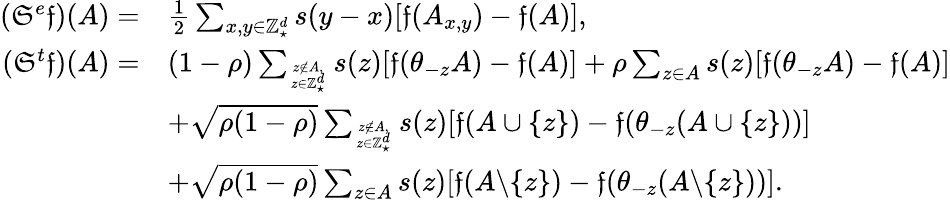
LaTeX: \begin{array}{rl}{({\mathfrak S}^{e}{\mathfrak f})(A)=}&{\frac{1}{2}\sum_{x,y\in\mathbb Z_{\star}^{d}}s(y-x)[{\mathfrak f}(A_{x,y})-{\mathfrak f}(A)],}\\ {({\mathfrak S}^{t}{\mathfrak f})(A)=}&{(1-\rho)\sum_{z\notin A,\atop z\in\mathbb Z_{\star}^{d}}s(z)[{\mathfrak f}(\theta_{-z}A)-{\mathfrak f}(A)]+\rho\sum_{z\in A}s(z)[{\mathfrak f}(\theta_{-z}A)-{\mathfrak f}(A)]}\\ &{+\sqrt{\rho(1-\rho)}\sum_{z\notin A,\atop z\in\mathbb Z_{\star}^{d}}s(z)[{\mathfrak f}(A\cup\{ z\} )-{\mathfrak f}(\theta_{-z}(A\cup\{ z\} ))]}\\ &{+\sqrt{\rho(1-\rho)}\sum_{z\in A}s(z)[{\mathfrak f}(A\backslash\{ z\} )-{\mathfrak f}(\theta_{-z}(A\backslash\{ z\} ))].}\end{array}